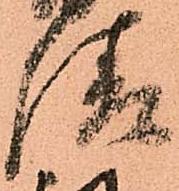
請